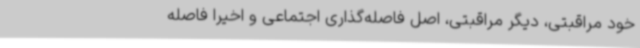
خود مراقبتی، دیگر مراقبتی، اصل فاصله‌گذاری اجتماعی و اخیراً فاصله